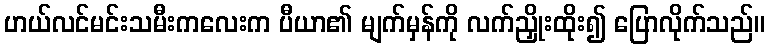
ဟယ်လင်မင်းသမီးကလေးက ပီယာ၏ မျက်မှန်ကို လက်ညှိုးထိုး၍ ပြောလိုက်သည်။